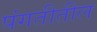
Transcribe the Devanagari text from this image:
पंगतीतील